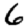
Digit: 6